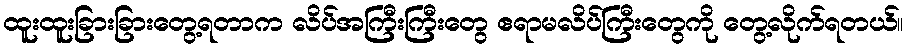
ထူးထူးခြားခြားတွေ့ရတာက လိပ်အကြီးကြီးတွေ ဧရာမလိပ်ကြီးတွေကို တွေ့လိုက်ရတယ်။